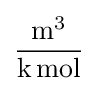
{\frac {{\text{m}}^{3}}{{\text{k}}\,{\text{mol}}}}